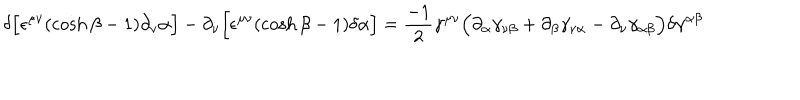
\delta \Bigl [ \epsilon ^ { \mu \nu } ( \cosh \beta - 1 ) \partial _ { \nu } \alpha \Bigr ] - \partial _ { \nu } \Bigl [ \epsilon ^ { \mu \nu } ( \cosh \beta - 1 ) \delta \alpha \Bigr ] = \frac { - 1 } { 2 } \gamma ^ { \mu \nu } \Bigl ( \partial _ { \alpha } \gamma _ { \nu \beta } + \partial _ { \beta } \gamma _ { \nu \alpha } - \partial _ { \nu } \gamma _ { \alpha \beta } \Bigr ) \delta \gamma ^ { \alpha \beta }